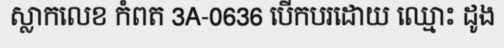
ស្លាកលេខ កំពត 3A-0636 បើកបរដោយ ឈ្មោះ ដូង